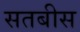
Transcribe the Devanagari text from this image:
सतबीस